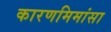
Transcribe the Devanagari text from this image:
कारणमिमांसा